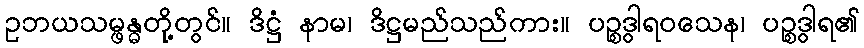
ဥဘယသမ္ဖန္ဓတို့တွင်။ ဒိဋ္ဌံ နာမ၊ ဒိဋ္ဌမည်သည်ကား။ ပဉ္စဒွါရဝသေန၊ ပဉ္စဒွါရ၏